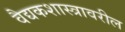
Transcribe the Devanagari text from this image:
वैद्यकशास्त्रावरील